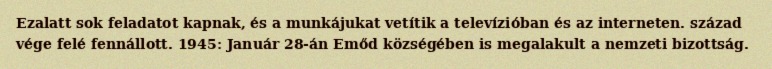
Ezalatt sok feladatot kapnak, és a munkájukat vetítik a televízióban és az interneten. század vége felé fennállott. 1945: Január 28-án Emőd községében is megalakult a nemzeti bizottság.